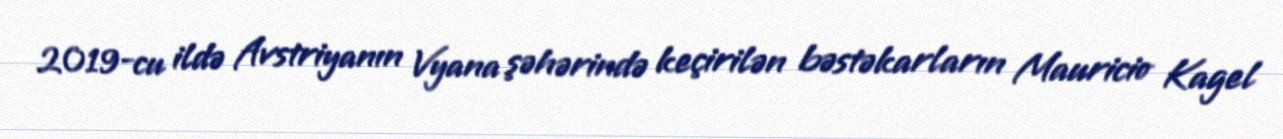
2019-cu ildə Avstriyanın Vyana şəhərində keçirilən bəstəkarların Mauricio Kagel